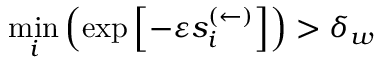
\underset { i } { \operatorname* { m i n } } \left( \exp \left[ - \varepsilon s _ { i } ^ { ( \leftarrow ) } \right] \right) > \delta _ { w }